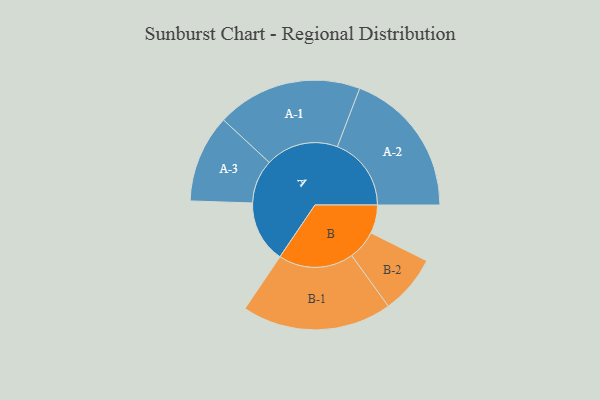
{"axis": {"x": "Segment", "y": "Value"}, "legend": ["", "A", "B"], "data": [{"x": "A", "y": 231, "type": ""}, {"x": "B", "y": 106, "type": ""}, {"x": "A-1", "y": 272, "type": "A"}, {"x": "A-2", "y": 276, "type": "A"}, {"x": "A-3", "y": 164, "type": "A"}, {"x": "B-1", "y": 280, "type": "B"}, {"x": "B-2", "y": 110, "type": "B"}]}